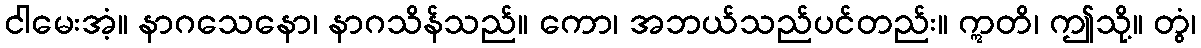
ငါမေးအံ့။ နာဂသေနော၊ နာဂသိန်သည်။ ကော၊ အဘယ်သည်ပင်တည်း။ ဣတိ၊ ဤသို့။ တွံ၊